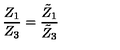
\frac { Z _ { 1 } } { Z _ { 3 } } = \frac { \tilde { Z } _ { 1 } } { \tilde { Z } _ { 3 } }